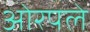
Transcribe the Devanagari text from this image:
ओरपले